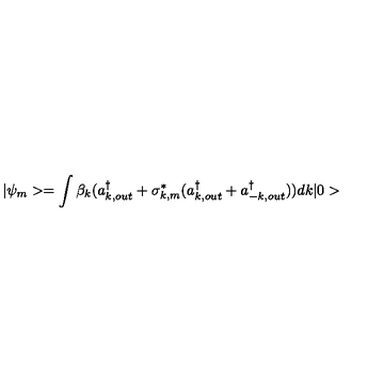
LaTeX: | \psi _ { m } > = \int \beta _ { k } ( a _ { k , o u t } ^ { \dagger } + \sigma _ { k , m } ^ { * } ( a _ { k , o u t } ^ { \dagger } + a _ { - k , o u t } ^ { \dagger } ) ) d k | 0 >